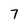
Character: 7